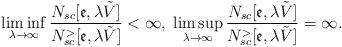
LaTeX: \begin{align*}\liminf_{\lambda \rightarrow \infty }\frac{N_{sc}[\mathfrak{e},\lambda \tilde{V}]}{N_{sc}^{>}[\mathfrak{e},\lambda \tilde{V}]}<\infty,\;\limsup_{\lambda \rightarrow \infty }\frac{N_{sc}[\mathfrak{e},\lambda \tilde{V}]}{N_{sc}^{>}[\mathfrak{e},\lambda \tilde{V}]}=\infty .\end{align*}